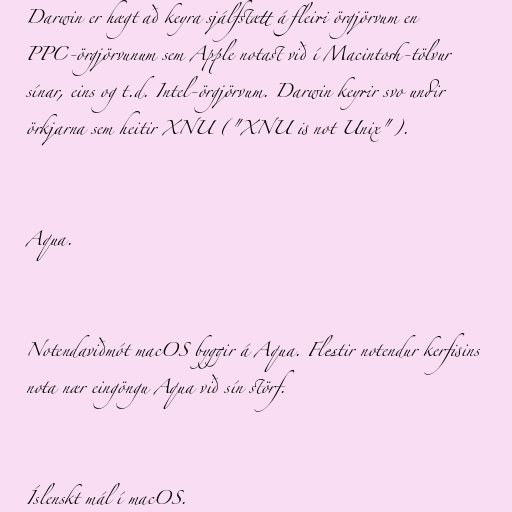
Darwin er hægt að keyra sjálfstætt á fleiri örgjörvum en
PPC-örgjörvunum sem Apple notast við í Macintosh-tölvur
sínar, eins og t.d. Intel-örgjörvum. Darwin keyrir svo undir
örkjarna sem heitir XNU ("XNU is not Unix").

Aqua.

Notendaviðmót macOS byggir á Aqua. Flestir notendur kerfisins
nota nær eingöngu Aqua við sín störf.

Íslenskt mál í macOS.